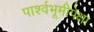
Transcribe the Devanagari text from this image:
पार्श्वभूमीपेक्षा